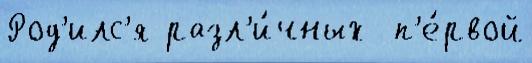
Род'илс'я разл'и́чных  п'е́рвой